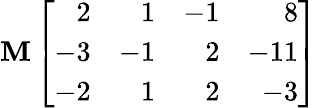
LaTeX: \mathbf{M}\left[{\begin{array}{rrrr}{2}&{1}&{-1}&{8}\\ {-3}&{-1}&{2}&{-11}\\ {-2}&{1}&{2}&{-3}\end{array}}\right]